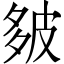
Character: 𪤻